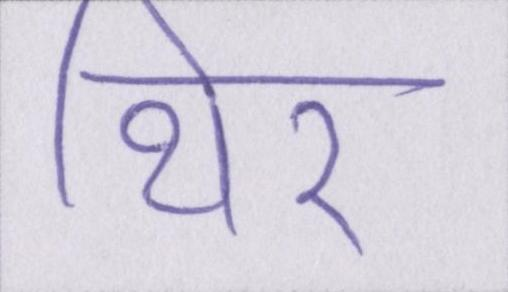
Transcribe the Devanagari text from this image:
थिर